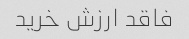
فاقد ارزش خرید